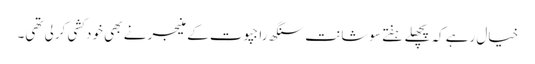
خیال رہے کہ پچھلے ہفتے سوشانت سنگھ راجپوت کے منیجر نے بھی خودکشی کرلی تھی۔